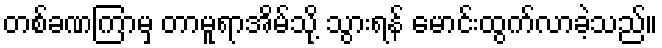
တစ်ခဏကြာမှ တာမူရာအိမ်သို့ သွားရန် မောင်းထွက်လာခဲ့သည်။